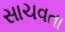
સાચવતા